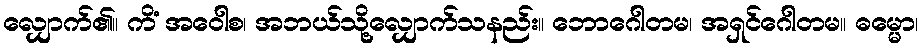
လျှောက်၏။ ကိံ အဝေါစ၊ အဘယ်သို့လျှောက်သနည်း။ ဘောဂေါတမ၊ အရှင်ဂေါတမ။ ဓမ္မော၊